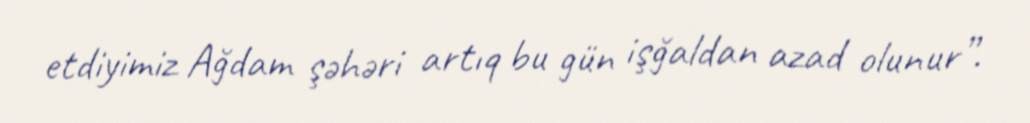
etdiyimiz Ağdam şəhəri artıq bu gün işğaldan azad olunur”.